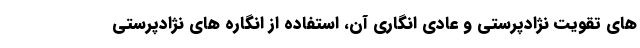
های تقویت نژادپرستی و عادی انگاری آن، استفاده از انگاره های نژادپرستی